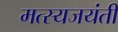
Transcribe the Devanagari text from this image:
मत्स्यजयंती